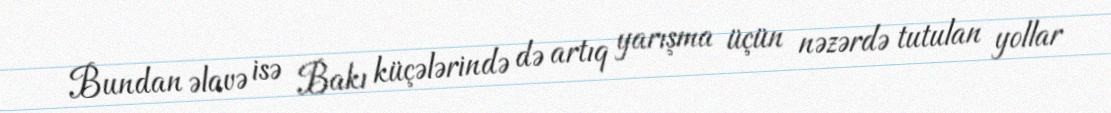
Bundan əlavə isə Bakı küçələrində də artıq yarışma üçün nəzərdə tutulan yollar